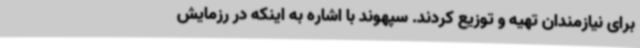
برای نیازمندان تهیه و توزیع کردند. سپهوند با اشاره به اینکه در رزمایش